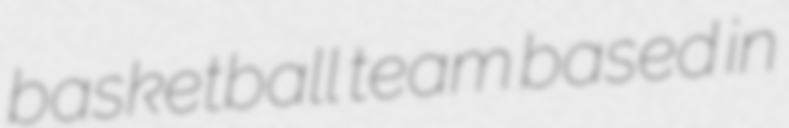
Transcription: basketball team based in